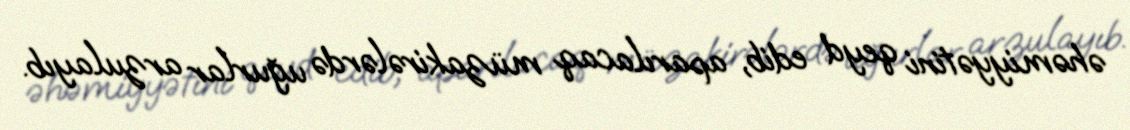
əhəmiyyətini qeyd edib, aparılacaq müzakirələrdə uğurlar arzulayıb.